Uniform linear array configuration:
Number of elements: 48
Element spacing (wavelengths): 0.25
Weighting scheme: cosine
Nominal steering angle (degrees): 0
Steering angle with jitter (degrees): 0.2943
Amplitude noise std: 0.05
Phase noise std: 0.05

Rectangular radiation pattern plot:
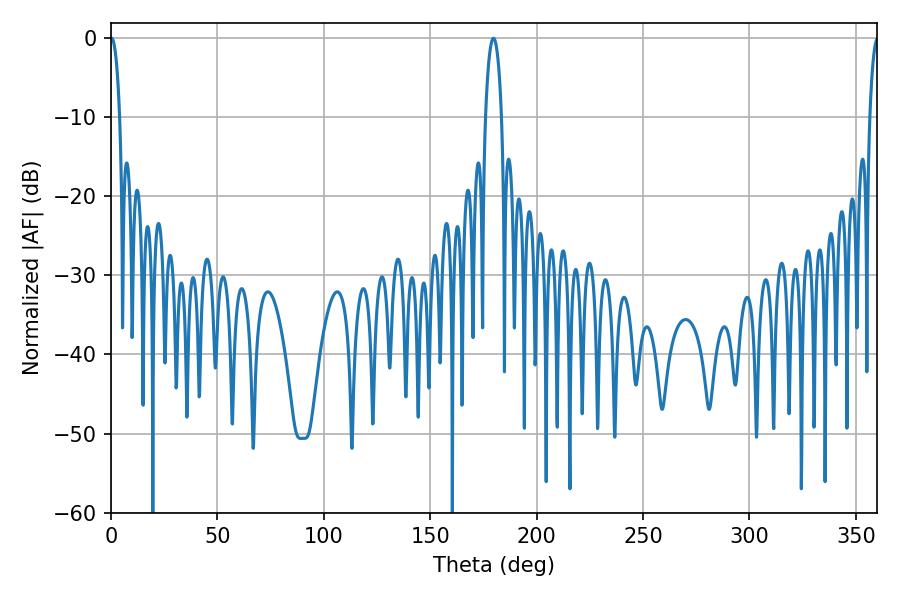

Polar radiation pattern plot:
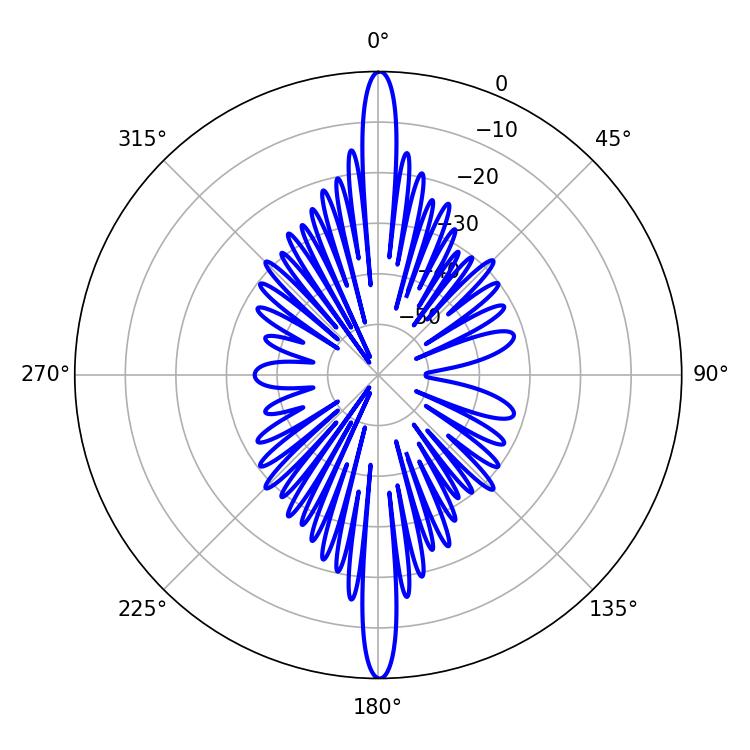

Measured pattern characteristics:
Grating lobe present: FALSE
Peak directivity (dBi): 33.567
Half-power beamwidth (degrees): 4.14
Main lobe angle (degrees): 179.64